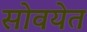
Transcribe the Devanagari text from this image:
सोवयेत